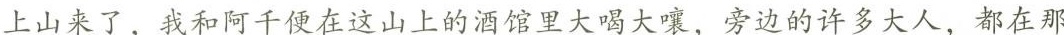
上山来了，我和阿千便在这山上的酒馆里大喝大嚷，旁边的许多大人，都在那